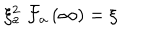
LaTeX: \xi _ { a } ^ { 2 } \; \mathcal { F } _ { a } \left( \infty \right) = \xi